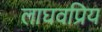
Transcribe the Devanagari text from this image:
लाघवप्रिय